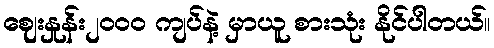
ဈေးနှုန်း၂ဝဝဝ ကျပ်နဲ့ မှာယူ စားသုံး နိုင်ပါတယ်။